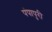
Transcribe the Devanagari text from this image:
पंपापुरी